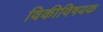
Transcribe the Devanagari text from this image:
विकीविषयक